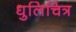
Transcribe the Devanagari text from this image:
धुलिचित्र